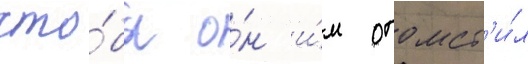
что́бы о́н и́м отомст'и́л